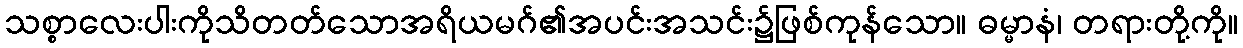
သစ္စာလေးပါးကိုသိတတ်သောအရိယမဂ်၏အပင်းအသင်း၌ဖြစ်ကုန်သော။ ဓမ္မာနံ၊ တရားတို့ကို။